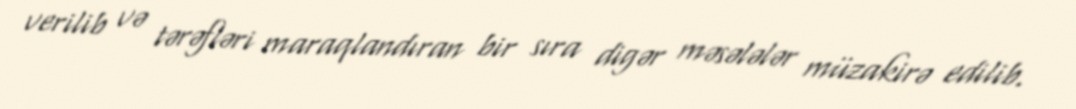
verilib və tərəfləri maraqlandıran bir sıra digər məsələlər müzakirə edilib.